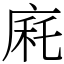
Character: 㢉